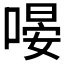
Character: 𠹵